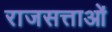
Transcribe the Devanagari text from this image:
राजसत्ताओं